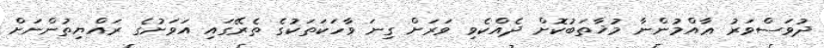
ދުވަސްވަރު ޢާއްމުންނާ މުޚާތަބުކޮށް ދެއްކެވި ވަރަށް ގިނަ ވާހަކަތަކުގެ ތެރޭގައި އަވަށުގެ ރައްޔިތުންނަށް